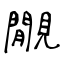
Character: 覵